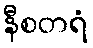
နီစတရံ